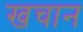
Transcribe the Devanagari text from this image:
खचान